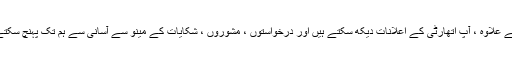
اس کے علاوہ ، آپ اتھارٹی کے اعلانات دیکھ سکتے ہیں اور درخواستوں ، مشوروں ، شکایات کے مینو سے آسانی سے ہم تک پہنچ سکتے ہیں۔